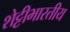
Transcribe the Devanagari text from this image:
शेट्टीभारतीय